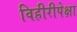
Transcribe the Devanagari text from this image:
विहीरीपेक्षा